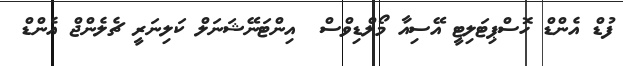
ފުޑް އެންޑް ހޮސްޕިޓަލިޓީ އޭސިއާ މޯލްޑިވްސް  އިންޓަނޭޝަނަލް ކަލިނަރީ ޗެލެންޖް އެންޑް